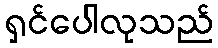
ရှင်ပေါလုသည်